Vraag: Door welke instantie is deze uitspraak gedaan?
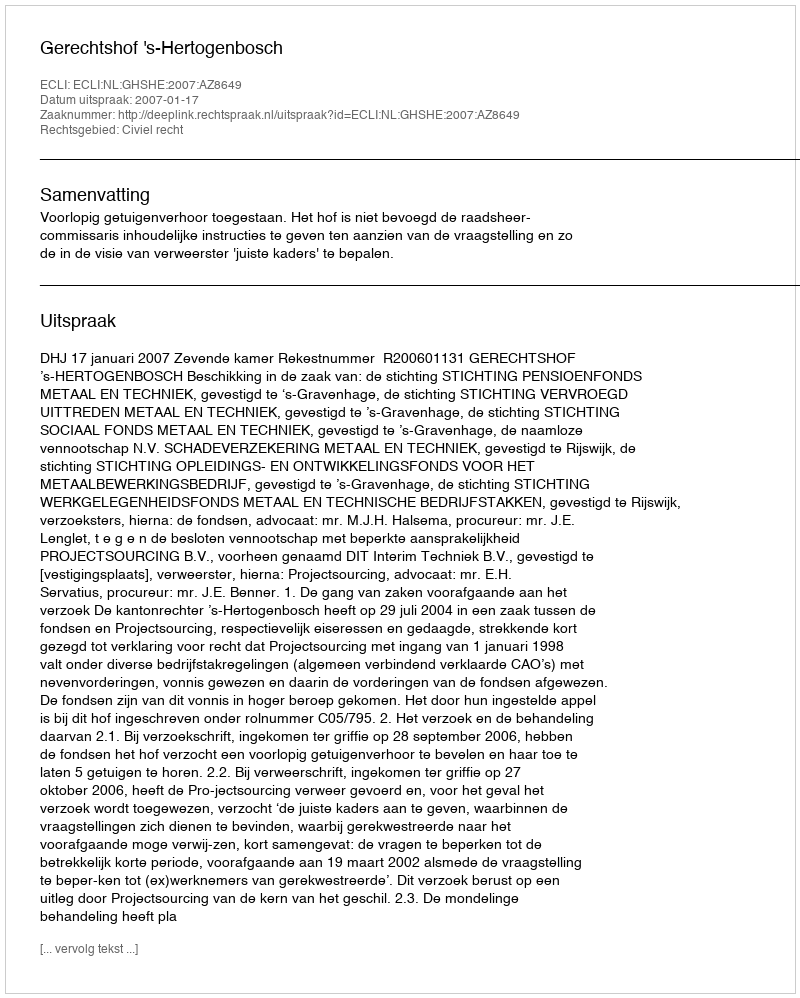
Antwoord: Gerechtshof 's-Hertogenbosch